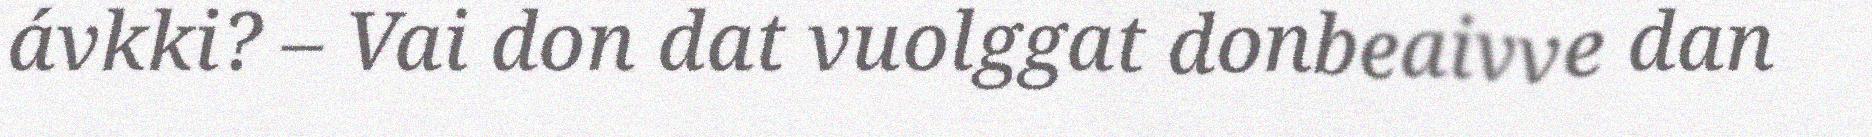
ávkki? – Vai don dat vuolggat donbeaivve dan